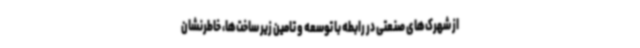
از شهرک‌های صنعتی در رابطه با توسعه و تامین زیر ساخت‌ها، خاطرنشان